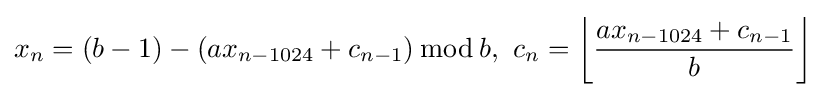
x_{n}=(b-1)-(ax_{n-1024}+c_{n-1})\,{\bmod {\,}}b,\ c_{n}=\left\lfloor {\frac {ax_{n-1024}+c_{n-1}}{b}}\right\rfloor